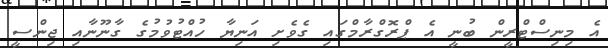
އެ މިނިސްޓްރީން ބުނީ އެ ޕްރޮގްރާމްގައި ގެވެށި އަނިޔާ ހުއްޓުވުމުގެ ގާނޫނާއި ޖިންސީ